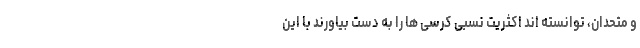
و متحدان، توانسته اند اکثریت نسبی کرسی ها را به دست بیاورند با این